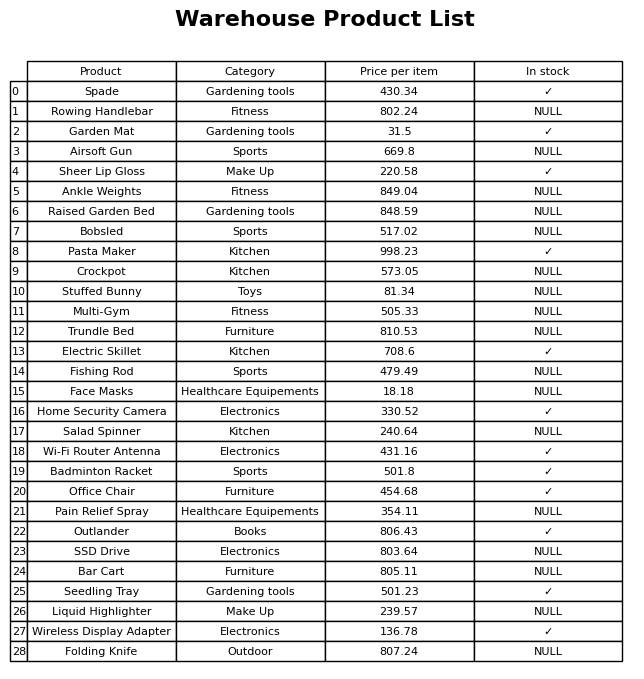
question: What is the price for SSD Drive?
answer: The price of SSD Drive is 803.64.